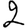
Digit: 2